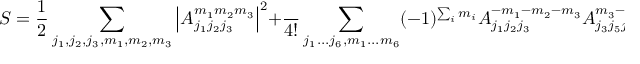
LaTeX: S = \frac { 1 } { 2 } \sum _ { j _ { 1 } , j _ { 2 } , j _ { 3 } , m _ { 1 } , m _ { 2 } , m _ { 3 } } \left| { A _ { j _ { 1 } j _ { 2 } j _ { 3 } } ^ { m _ { 1 } m _ { 2 } m _ { 3 } } } \right| ^ { 2 } + \frac { \l } { 4 ! } \sum _ { j _ { 1 } . . . j _ { 6 } , m _ { 1 } . . . m _ { 6 } } ( - 1 ) ^ { \sum _ { i } m _ { i } } A _ { j _ { 1 } j _ { 2 } j _ { 3 } } ^ { - m _ { 1 } - m _ { 2 } - m _ { 3 } } A _ { j _ { 3 } j _ { 5 } j _ { 4 } } ^ { m _ { 3 } - m _ { 5 } m _ { 4 } } A _ { j _ { 4 } j _ { 2 } j _ { 6 } } ^ { - m _ { 4 } m _ { 2 } m _ { 6 } } A _ { j _ { 6 } j _ { 5 } j _ { 1 } } ^ { - m _ { 6 } m _ { 5 } m _ { 1 } }